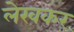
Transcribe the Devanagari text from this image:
लेखकर